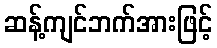
ဆန့်ကျင်ဘက်အားဖြင့်